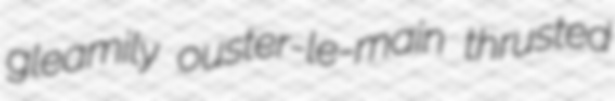
gleamily ouster-le-main thrusted